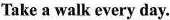
Take a walk every day.